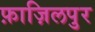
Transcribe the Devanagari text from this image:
फ़ाज़िलपुर